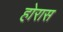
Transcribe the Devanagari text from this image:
होरास